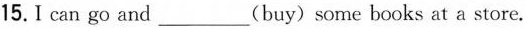
15. I can go and___(buy)some books at a store.